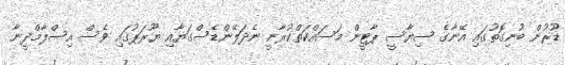
ޑޫރުން ބުނިގޮތުގައި އޭނާގެ ސިޔާސީ ޕާޓީން މަސައްކަތްކުރާނީ ނެދަލޭންޑެސްގަޔާއި ޔޫރަޕުގައި ވެސް އިސްލާމްދީނާ